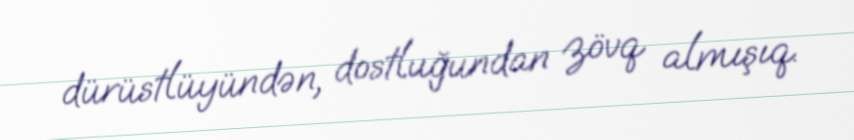
dürüstlüyündən, dostluğundan zövq almışıq.